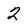
Character: 2